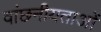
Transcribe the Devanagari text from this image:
वांछनीयताओं